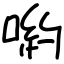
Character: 喲